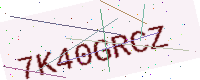
Text: 7K40GRCZ